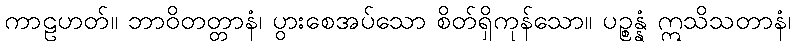
ကာဠဟတ်။ ဘာဝိတတ္တာနံ၊ ပွားစေအပ်သော စိတ်ရှိကုန်သော။ ပဉ္စန္နံ ဣသိသတာနံ၊